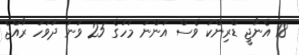
18 އެނާޖީ ޑްރިންކު ވެސް އަންނަ މަހުގެ 25 ވަނަ ދުވަހު ރާއްޖެ